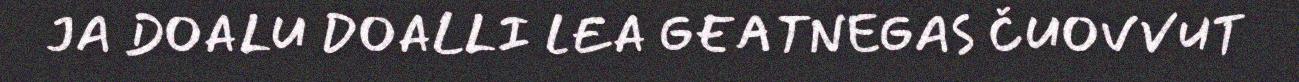
JA DOALU DOALLI LEA GEATNEGAS ČUOVVUT